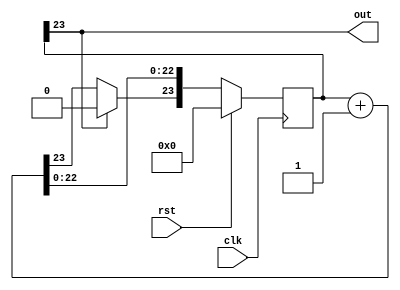
/*
   This file was generated automatically by the Mojo IDE version B1.3.3.
   Do not edit this file directly. Instead edit the original Lucid source.
   This is a temporary file and any changes made to it will be destroyed.
*/

module slowclock_4 (
    input clk,
    input rst,
    output reg out
  );
  
  
  
  reg [23:0] M_counter_d, M_counter_q = 1'h0;
  
  always @* begin
    M_counter_d = M_counter_q;
    
    M_counter_d = M_counter_q + 1'h1;
    if (M_counter_q[23+0-:1] == 1'h1) begin
      M_counter_d[23+0-:1] = 1'h0;
    end
    out = M_counter_q[23+0-:1];
  end
  
  always @(posedge clk) begin
    if (rst == 1'b1) begin
      M_counter_q <= 1'h0;
    end else begin
      M_counter_q <= M_counter_d;
    end
  end
  
endmodule